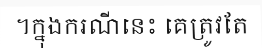
។ក្នុងករណីនេះ គេត្រូវតែ